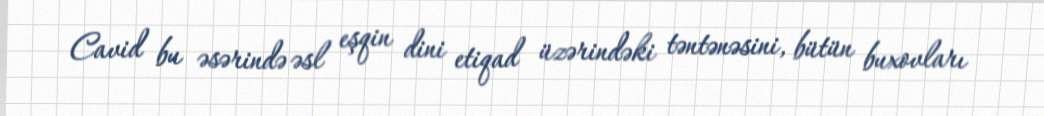
Cavid bu əsərində əsl eşqin dini etiqad üzərindəki təntənəsini, bütün buxovları